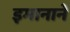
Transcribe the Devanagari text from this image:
इमानाने